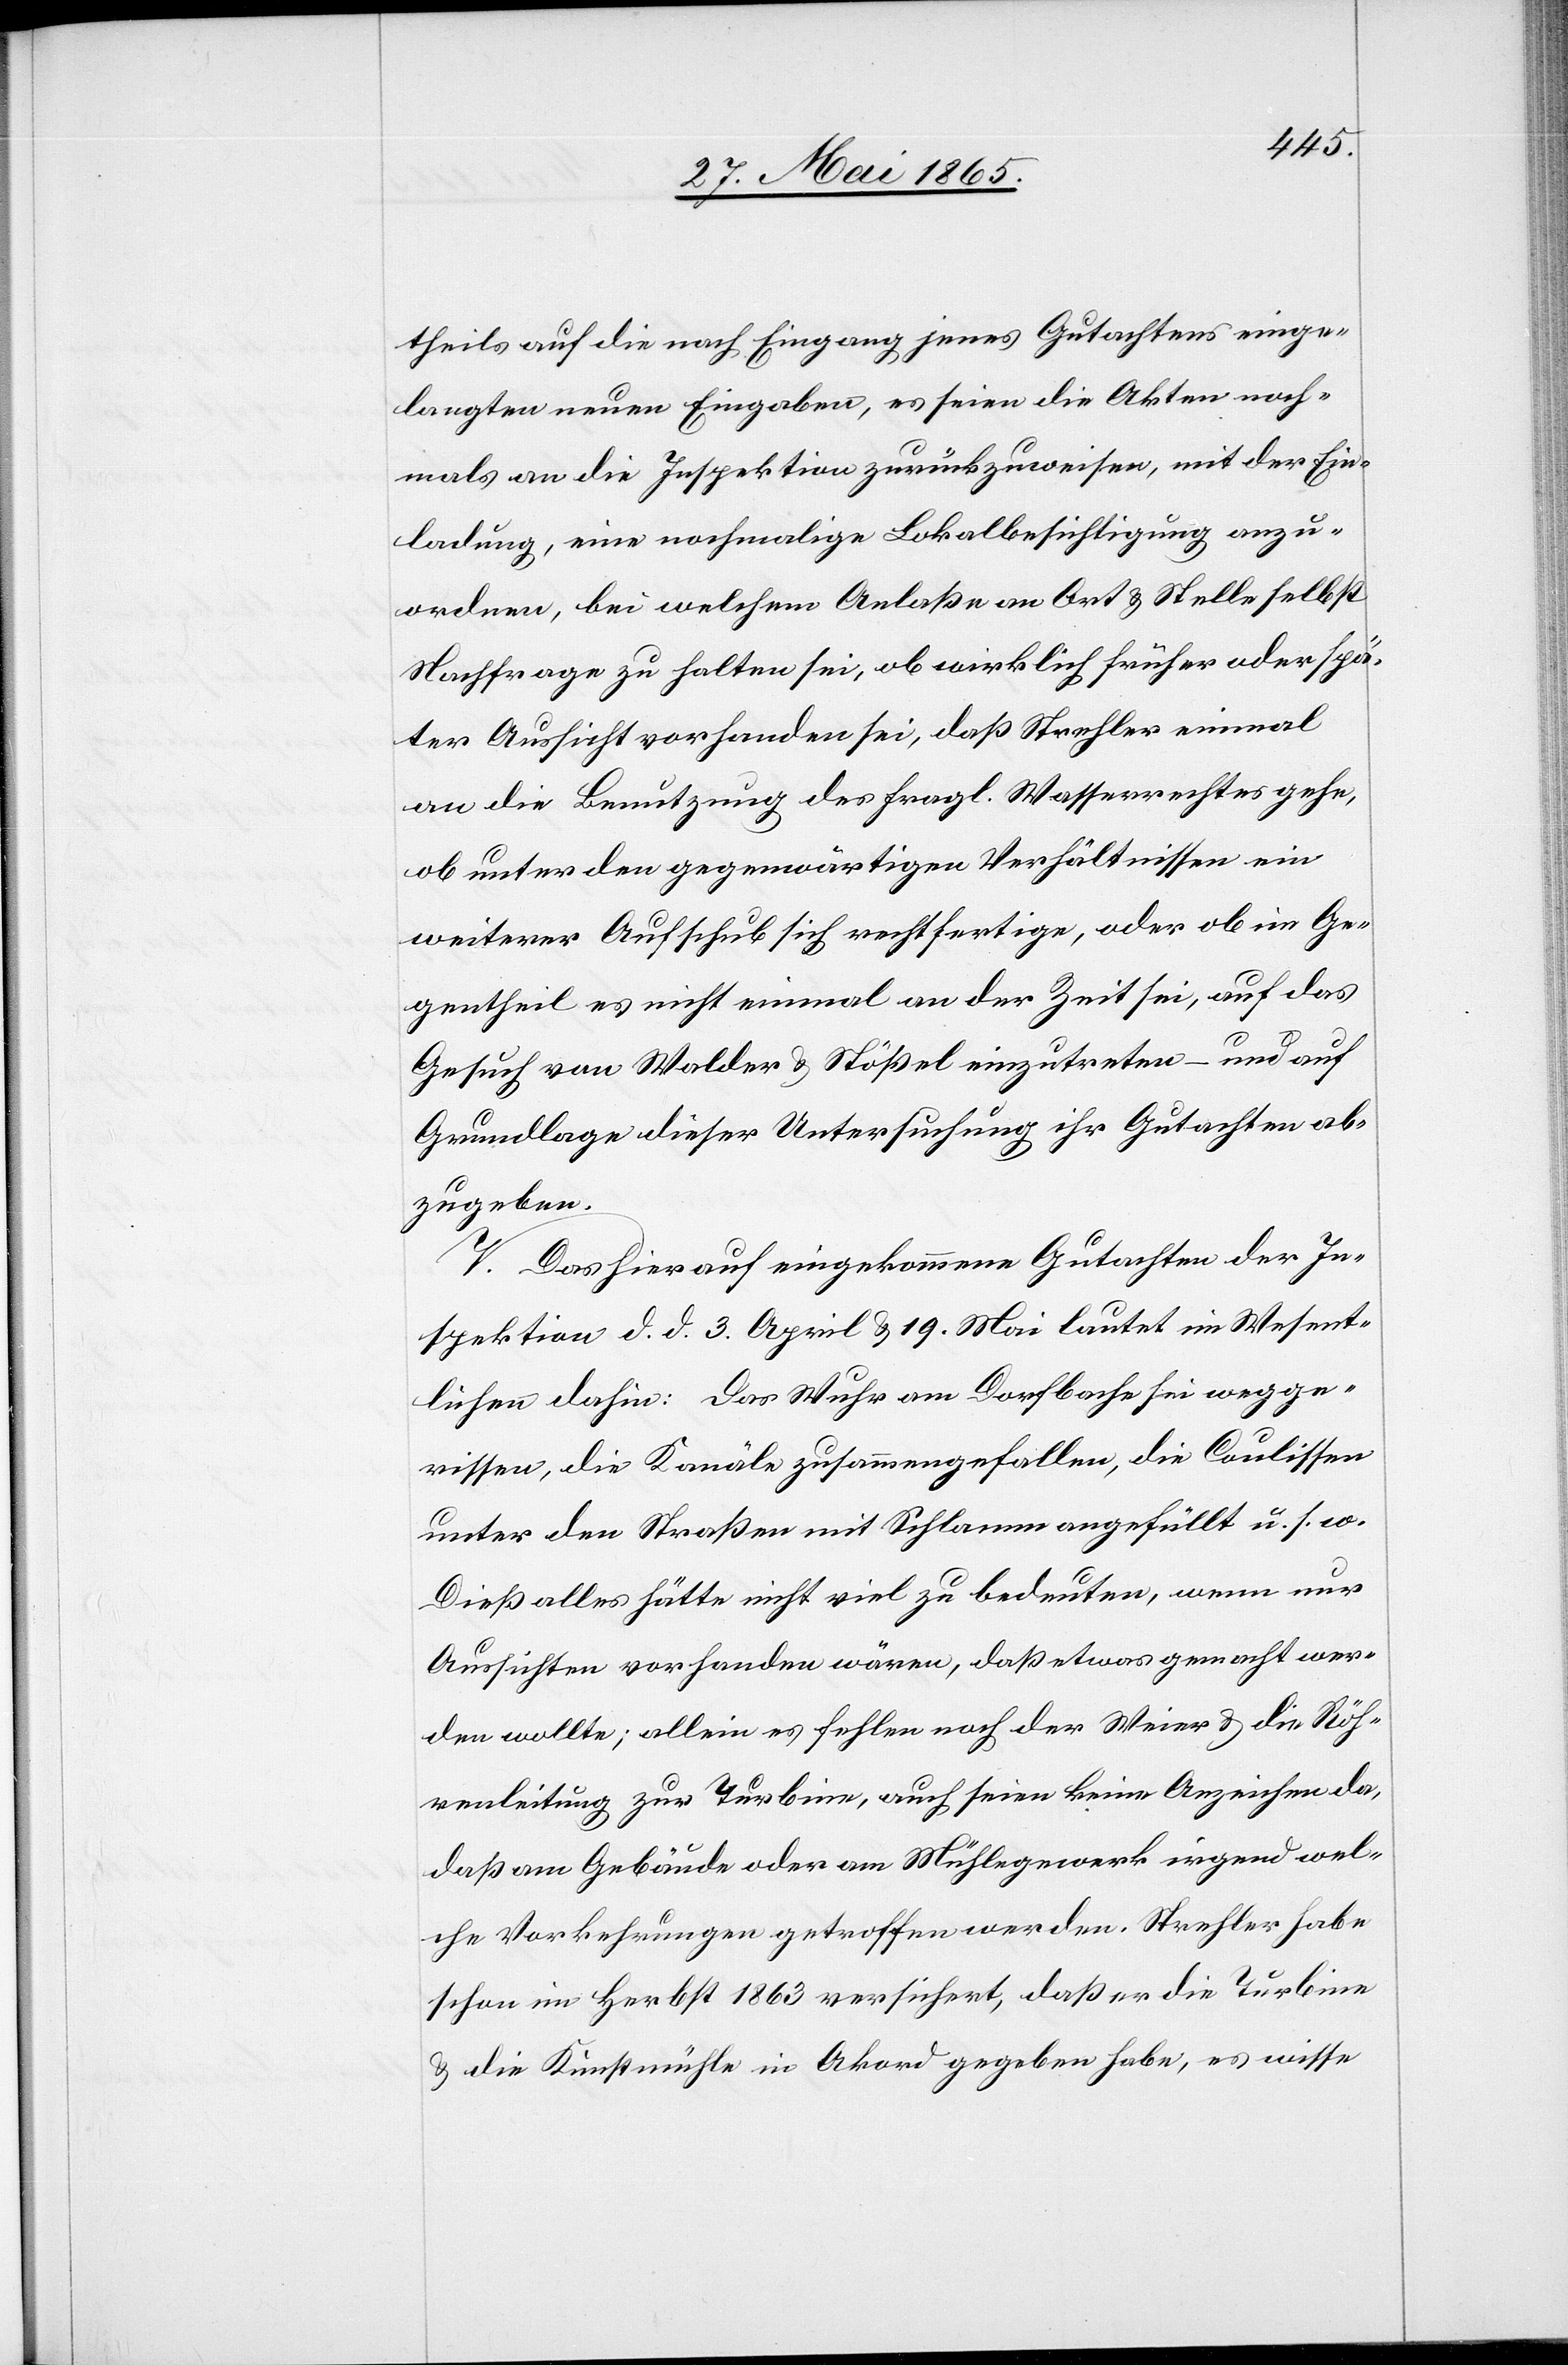
theils auf die nach Eingang jenes Gutachtens einge¬
langten neuen Eingaben, es seien die Akten noch¬
mals an die Inspektion zurückzuweisen, mit der Ein¬
ladung, eine nochmalig Lokalbesichtigung anzu¬
ordnen, bei welchem Anlaße an Ort & Stelle selbst
Nachfrage zu halten sei, ob wirklich früher oder spä¬
ter Aussicht vorhanden sei, daß Strehler einmal
an die Benutzung des fragl. Wasserrechtes gehe,
ob unter den gegenwärtigen Verhältnissen ein
weiterer Aufschub sich rechtfertige, oder ob im Ge¬
gentheil es nicht einmal an der Zeit sei, auf das
Gesuch von Walder & Stößel einzutreten – und auf
Grundlage dieser Untersuchung ihr Gutachten ab¬
zugeben.
V. Das hierauf eingekommene Gutachten der In¬
spektion d. d. 3. April & 19. Mai lautet im Wesent¬
lichen dahin: Das Wuhr am Dorfbache sei wegge¬
rissen, die Kanäle zusammengefallen, die Coulissen
unter den Straßen mit Schlamm angefüllt u. s. w.
Dieß alles hätte nicht viel zu bedeuten, wenn nur
Aussichten vorhanden wären, daß etwas gemacht wer¬
den wollte; allein es fehlen noch der Weier & die Röh¬
renleitung zur Turbine, auch seien keine Anzeichen da,
daß am Gebäude oder am Mühlegewerk irgend wel¬
che Vorkehrungen getroffen werden. Strehler habe
schon im Herbst 1863 versichert, daß er die Turbine
& die Kunstmühle in Akord gegeben habe, es wisse